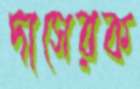
দাসেরক